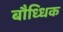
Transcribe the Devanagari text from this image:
बौध्धिक